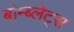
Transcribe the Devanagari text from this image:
बोम्ब्लेट्स